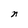
Character: n